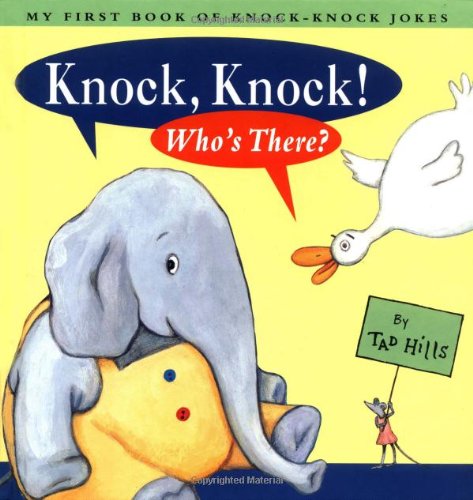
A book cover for Knock Knock Who's There: My First Book Of Knock Knock Jokes; Tad Hills; Children's Books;